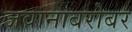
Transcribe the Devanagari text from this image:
जवानाबरोबर